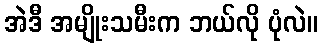
အဲဒီ အမျိုးသမီးက ဘယ်လို ပုံလဲ။